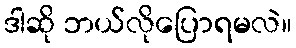
ဒါဆို ဘယ်လိုပြောရမလဲ။